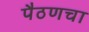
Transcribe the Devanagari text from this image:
पैठणचा